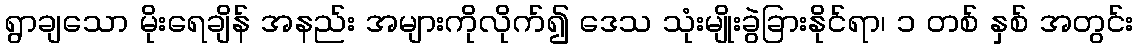
ရွာချသော မိုးရေချိန် အနည်း အများကိုလိုက်၍ ဒေသ သုံးမျိုးခွဲခြားနိုင်ရာ၊ ၁ တစ် နှစ် အတွင်း